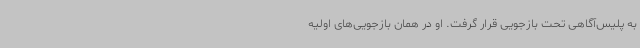
به پلیس‌آگاهی تحت بازجویی قرار گرفت. او در همان بازجویی‌های اولیه